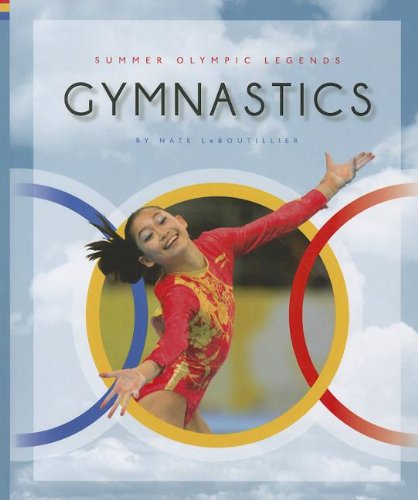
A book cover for Gymnastics (Summer Olympic Legends); Nate LeBoutillier; Children's Books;